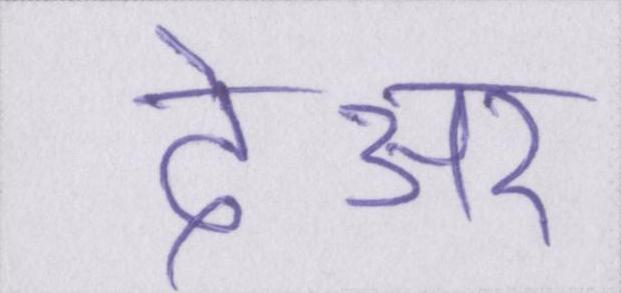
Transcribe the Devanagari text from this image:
देअर